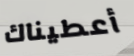
أعطيناك